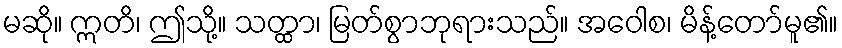
မဆို။ ဣတိ၊ ဤသို့။ သတ္ထာ၊ မြတ်စွာဘုရားသည်။ အဝေါစ၊ မိန့်တော်မူ၏။